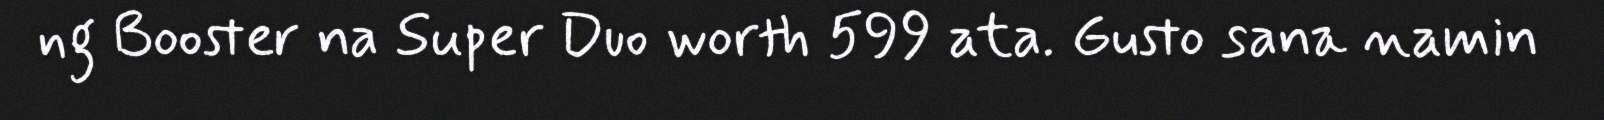
ng Booster na Super Duo worth 599 ata. Gusto sana namin